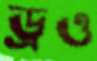
ড্রও